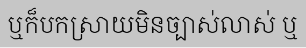
ឬក៏បកស្រាយមិនច្បាស់លាស់ ឬ